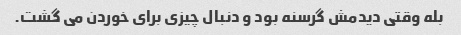
بله وقتی دیدمش گرسنه بود و دنبال چیزی برای خوردن می گشت.